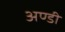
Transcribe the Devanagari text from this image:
अण्डी